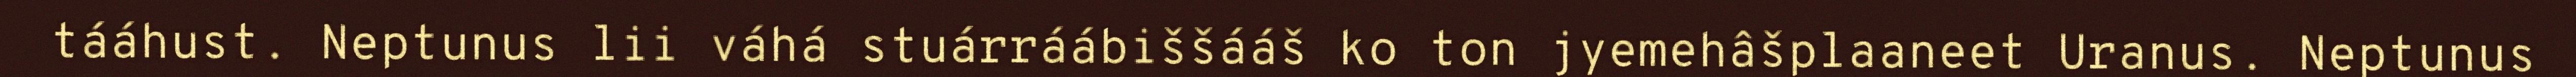
tááhust. Neptunus lii váhá stuárráábiššááš ko ton jyemehâšplaaneet Uranus. Neptunus